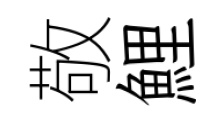
敬鯉